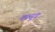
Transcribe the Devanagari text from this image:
कागूद